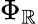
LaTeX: \Phi_{\mathbb{R}}